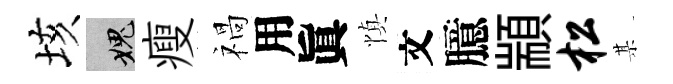
垓愧瘦禍用眞慎文臆顓松某